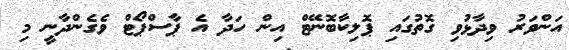
އަންވަރު ވިދާޅުވި ގޮތުގައި ޕޮލިކާބޮނޭޓް އިން ހަދާ އެ ޕާސްޕޯޓް ވެގެންދާނީ މި